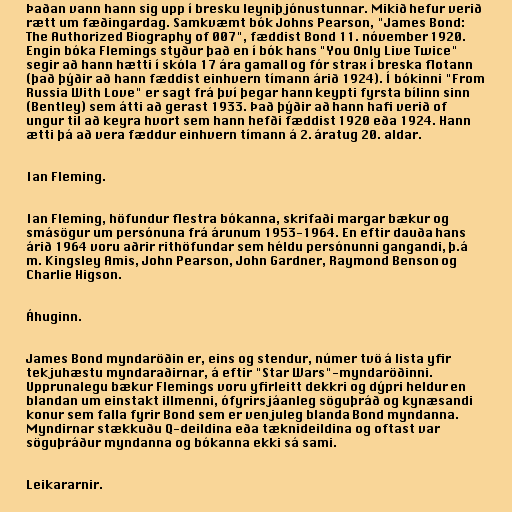
Þaðan vann hann sig upp í bresku leyniþjónustunnar. Mikið hefur verið
rætt um fæðingardag. Samkvæmt bók Johns Pearson, "James Bond:
The Authorized Biography of 007", fæddist Bond 11. nóvember 1920.
Engin bóka Flemings styður það en í bók hans "You Only Live Twice"
segir að hann hætti í skóla 17 ára gamall og fór strax í breska flotann
(það þýðir að hann fæddist einhvern tímann árið 1924). Í bókinni "From
Russia With Love" er sagt frá því þegar hann keypti fyrsta bílinn sinn
(Bentley) sem átti að gerast 1933. Það þýðir að hann hafi verið of
ungur til að keyra hvort sem hann hefði fæddist 1920 eða 1924. Hann
ætti þá að vera fæddur einhvern tímann á 2. áratug 20. aldar.

Ian Fleming.

Ian Fleming, höfundur flestra bókanna, skrifaði margar bækur og
smásögur um persónuna frá árunum 1953-1964. En eftir dauða hans
árið 1964 voru aðrir rithöfundar sem héldu persónunni gangandi, þ.á
m. Kingsley Amis, John Pearson, John Gardner, Raymond Benson og
Charlie Higson.

Áhuginn.

James Bond myndaröðin er, eins og stendur, númer tvö á lista yfir
tekjuhæstu myndaraðirnar, á eftir "Star Wars"-myndaröðinni.
Upprunalegu bækur Flemings voru yfirleitt dekkri og dýpri heldur en
blandan um einstakt illmenni, ófyrirsjáanleg söguþráð og kynæsandi
konur sem falla fyrir Bond sem er venjuleg blanda Bond myndanna.
Myndirnar stækkuðu Q-deildina eða tæknideildina og oftast var
söguþráður myndanna og bókanna ekki sá sami.

Leikararnir.